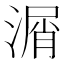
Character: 㴮